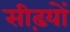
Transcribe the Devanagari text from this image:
सीढ़यों